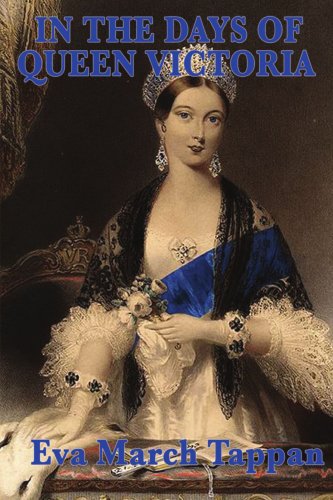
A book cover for In the Days of Queen Victoria; Eva March Tappan; Children's Books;